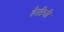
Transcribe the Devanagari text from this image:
हैतीची